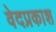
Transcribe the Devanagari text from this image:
वेदप्रकाश